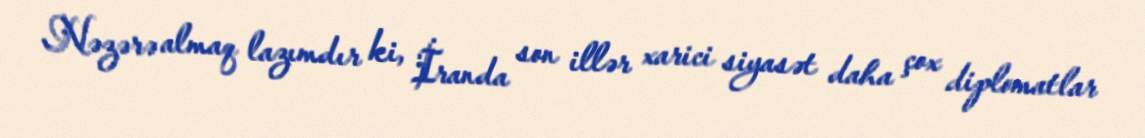
Nəzərə almaq lazımdır ki, İranda son illər xarici siyasət daha çox diplomatlar